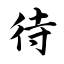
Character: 待